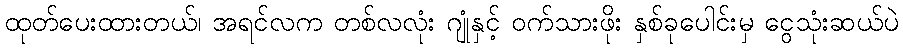
ထုတ်ပေးထားတယ်၊ အရင်လက တစ်လလုံး ဂျုံနှင့် ဝက်သားဖိုး နှစ်ခုပေါင်းမှ ငွေသုံးဆယ်ပဲ